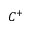
C ^ { + }